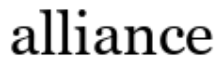
alliance